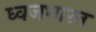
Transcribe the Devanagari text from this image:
ध्वजभारत